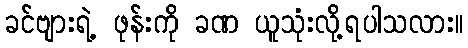
ခင်ဗျားရဲ့ ဖုန်းကို ခဏ ယူသုံးလို့ရပါသလား။